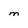
Character: M